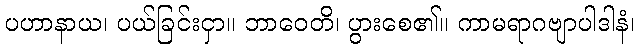
ပဟာနာယ၊ ပယ်ခြင်းငှာ။ ဘာဝေတိ၊ ပွားစေ၏။ ကာမရာဂဗျာပါဒါနံ၊